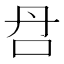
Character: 𰇋